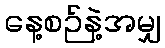
နေ့စဉ်နဲ့အမျှ